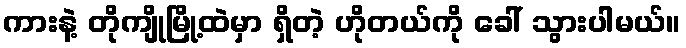
ကားနဲ့ တိုကျိုမြို့ထဲမှာ ရှိတဲ့ ဟိုတယ်ကို ခေါ် သွားပါမယ်။